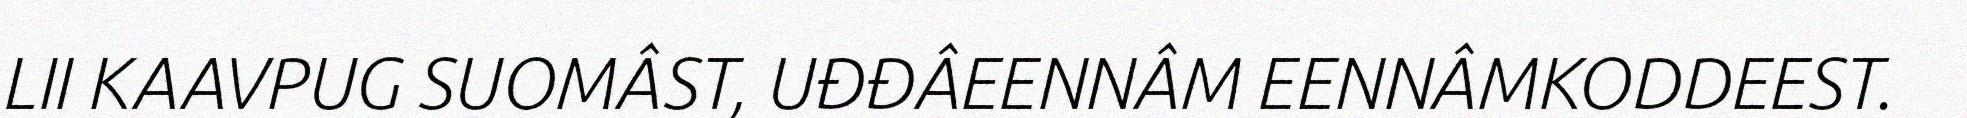
LII KAAVPUG SUOMÂST, UĐĐÂEENNÂM EENNÂMKODDEEST.